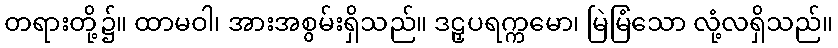
တရားတို့၌။ ထာမဝါ၊ အားအစွမ်းရှိသည်။ ဒဠှပရက္ကမော၊ မြဲမြံသော လုံ့လရှိသည်။